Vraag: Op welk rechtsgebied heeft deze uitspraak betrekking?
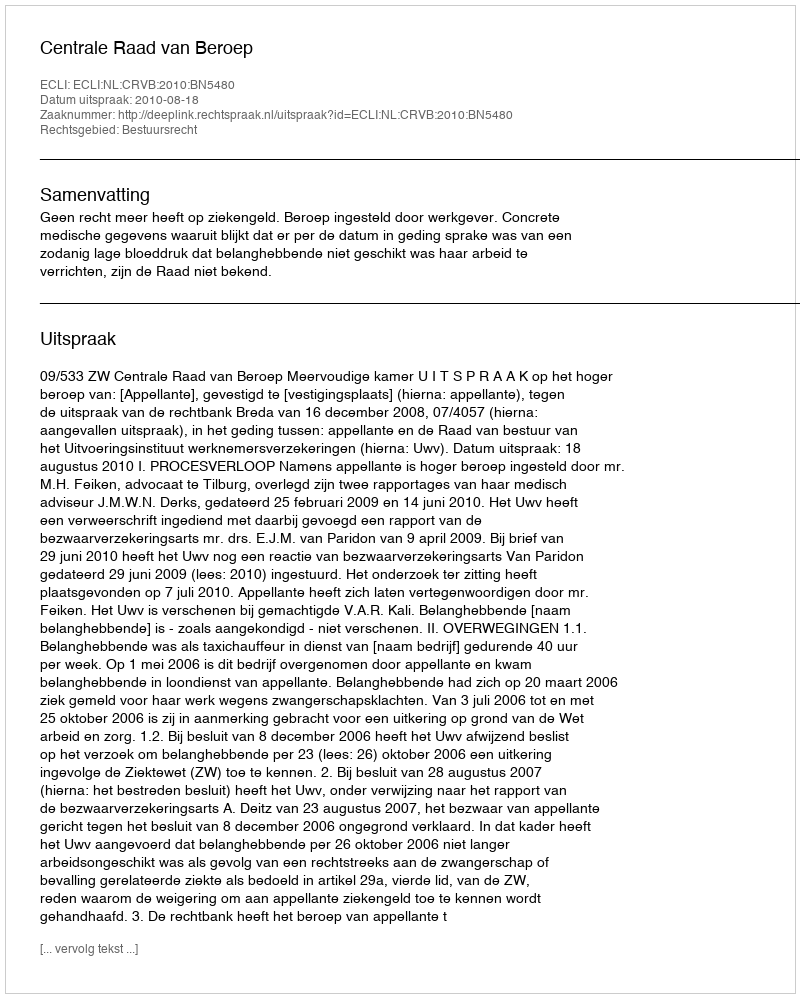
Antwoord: Bestuursrecht